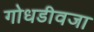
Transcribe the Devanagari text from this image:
गोधडीवजा